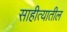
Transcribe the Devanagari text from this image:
साहीत्यातील